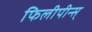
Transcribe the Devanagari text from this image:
फिलीपीन्स्